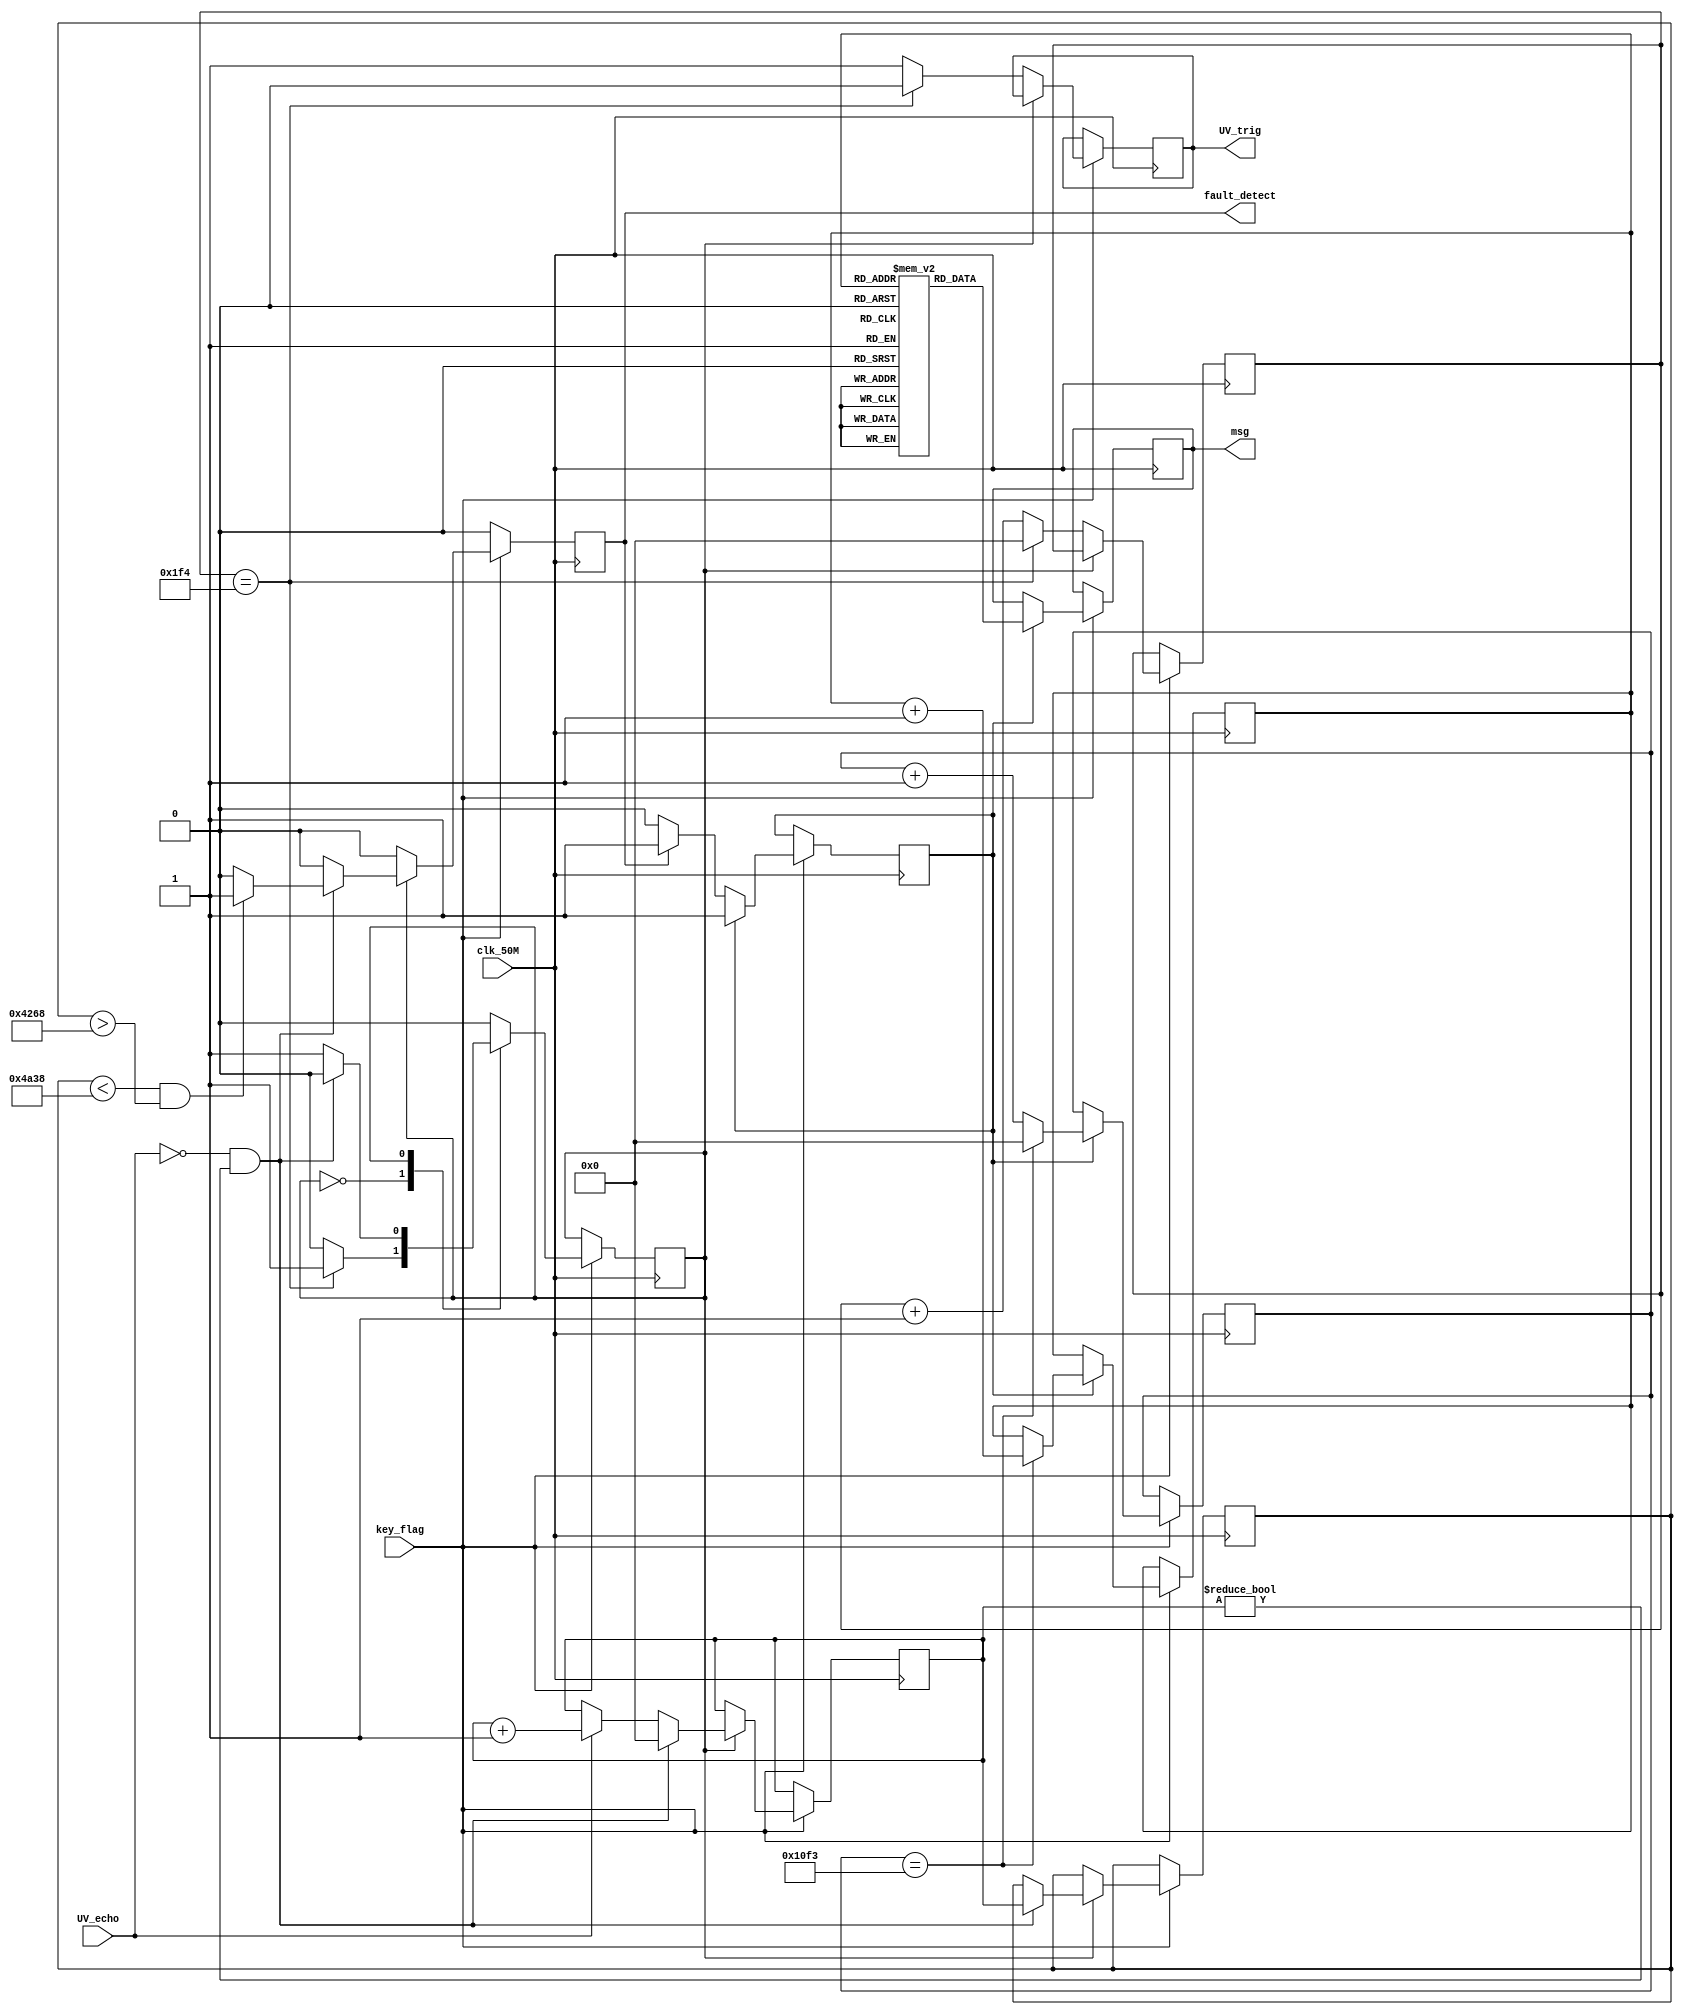
module Fault_detection(
	input key_flag,
	input clk_50M,
	input UV_echo,															//UV sensor recieve
	output reg UV_trig,													//UV sensor send
	output reg fault_detect = 0,
	output reg [7:0] msg													//msg to bluetooth device
);
	reg [7:0] msg_contain [9:0];										//msg ram container to store msg
	reg state1 = 0;														//UV sensor FSM driver
	reg [3:0] index = 0;													//indexing for msg
	reg msg_state = 0;													//msg sending FSM driver
	reg [15:0] msg_delay = 0;											//width of each msg/delay between changing of two chars
	reg [1:0] flag = 0;															//activate if Fault is detected
	reg [15:0] counter = 0;												//10us UV sensor trigger pulse counter
	reg [15:0] time_counter = 0;										//measuring pulse width of UV recieved data
	reg [15:0] prev_time_counter = 0;								//comparison for fault detection
	
initial begin
	msg <= 0;
	msg_contain [0] <= 8'h46;												//F
	msg_contain [1] <= 8'h49;                                   //I
	msg_contain [2] <= 8'h4D;                                   //M
	msg_contain [3] <= 8'h2D;												//-
	msg_contain [4] <= 8'h43;												//C
	msg_contain [5] <= 8'h53;												//S
	msg_contain [6] <= 8'h55;												//U
	msg_contain [7] <= 8'h31;												//1
	msg_contain [8] <= 8'h2D;												//-
	msg_contain [9] <= 8'h23;												//#
end
always@(posedge clk_50M)begin
	fault_detect <= 0;
	if (key_flag) begin	
		case(state1)																				//UV sensor driver FSM
			1'b0:begin
				if (counter == 500) begin 														//10us signal for UV sensor
					state1 <= 1'b1;
					counter <= 0;
					UV_trig <= 1'b0;
				end
				else begin
					UV_trig <= 1'b1;
					counter <= counter + 1;
					state1 <= 1'b0;
				end
			end
			1'b1:begin																				//if previous recorded time is lesser than current a fault is detected
				if (UV_echo == 0 && time_counter != 0) begin								//or end of box is detected that is verified by the flag 
					if (prev_time_counter < 19000 && prev_time_counter > 17000) begin   
							fault_detect <= 1;
					end
					prev_time_counter <= time_counter;
					time_counter <= 0;
					state1 <= 1'b0;
				end
				else if (UV_echo) begin
					time_counter <= time_counter + 1;
					state1 <= 1'b1;
				end
			end
		endcase
		if (fault_detect) msg_state <= 1;
		if (msg_state) begin
				msg <= msg_contain[index];																								//data is sent in ASCII code every 10us {subjected to change}
				if (msg_delay == 4339) begin
					index <= index + 1;
					msg_delay <= 0;
					if (index >= 10) msg_state <= 0;
				end
				else begin
					msg_delay <= msg_delay + 1;
				end
				msg_state <= 1'b1;
		end
	end	
end
endmodule